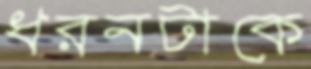
ধরনটাকে